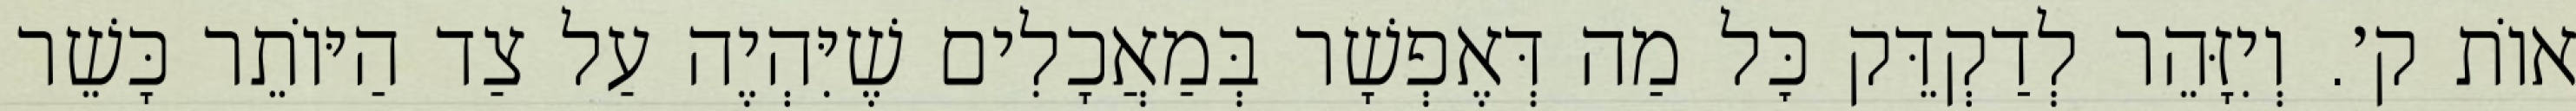
אוֹת ק׳. וְיִזָּהֵר לְדַקְדֵּק כׇּל מַה דְּאֶפְשָׁר בְּמַאֲכָלִים שֶׁיִּהְיֶה עַל צַד הַיּוֹתֵר כָּשֵׁר